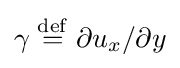
\gamma \mathrel {\stackrel {\mathrm {def} }{=}} \partial u_{x}/\partial y